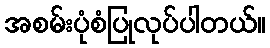
အစမ်းပုံစံပြုလုပ်ပါတယ်။